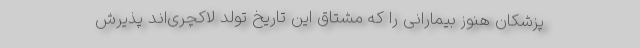
پزشکان هنوز بیمارانی را که مشتاق این تاریخ تولد لاکچری‌اند پذیرش